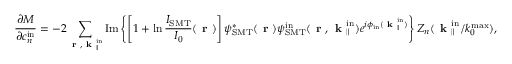
\frac { \partial M } { \partial c _ { n } ^ { \mathrm { i n } } } = - 2 \sum _ { \textbf { r } , \textbf { k } _ { \parallel } ^ { \mathrm { i n } } } \mathrm { I m } \left\{ \left[ 1 + \ln \frac { I _ { \mathrm { S M T } } } { I _ { 0 } } ( \textbf { r } ) \right] \psi _ { \mathrm { S M T } } ^ { * } ( \textbf { r } ) { \psi } _ { \mathrm { S M T } } ^ { \mathrm { i n } } ( \textbf { r } , \textbf { k } _ { \parallel } ^ { \mathrm { i n } } ) e ^ { i \phi _ { \mathrm { i n } } ( \textbf { k } _ { \parallel } ^ { \mathrm { i n } } ) } \right\} Z _ { n } ( \textbf { k } _ { \parallel } ^ { \mathrm { i n } } / k _ { 0 } ^ { \mathrm { m a x } } ) ,